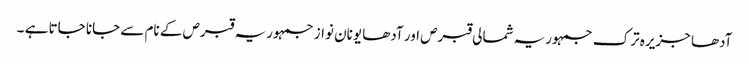
آدھا جزیرہ ترک جمہوریہ شمالی قبرص اور آدھا یونان نواز جمہوریہ قبرص کے نام سے جانا جاتا ہے ۔